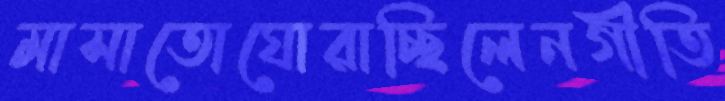
মাসাতোঘোরাচ্ছিলেনগীতি